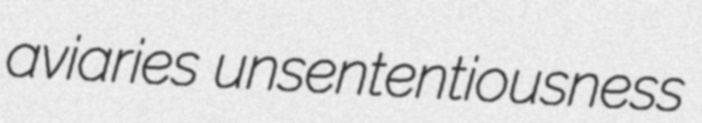
aviaries unsententiousness